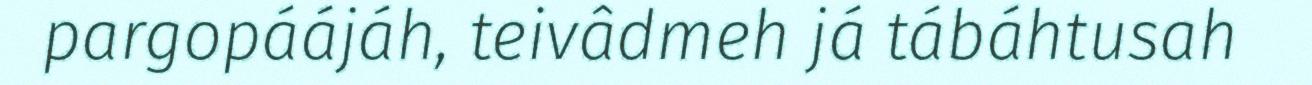
pargopáájáh, teivâdmeh já tábáhtusah